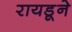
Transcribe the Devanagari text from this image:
रायडूने